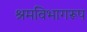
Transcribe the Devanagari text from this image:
श्रमविभागरूप